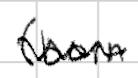
Text: (born
Cross-out: zig-zag
Writing tool: digital_black